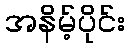
အနိမ့်ပိုင်း